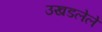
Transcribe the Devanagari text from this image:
उखडलेले